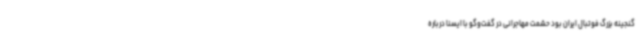
گنجینه بزرگ فوتبال ایران بود حشمت مهاجرانی در گفت‌وگو با ایسنا درباره